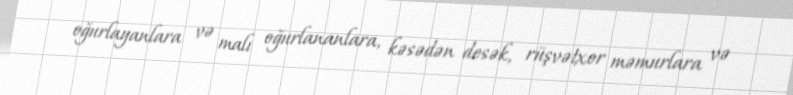
oğurlayanlara və malı oğurlananlara, kəsədən desək, rüşvətxor məmurlara və